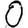
Digit: 0